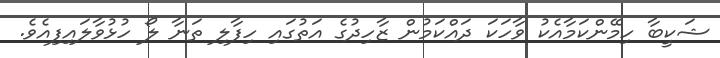
ޝަކީބާ ހިމޭންކަމާއެކު ވާހަކަ ދައްކަމުން ޒާހިދުގެ އަތުގައި ހިފާލި ތަނާ ލޯ ހުޅުވާލައިފިއެވެ.